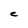
Character: C